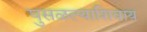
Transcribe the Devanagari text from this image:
घुसळल्याशिवाय